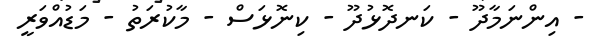
- އިންނަމާދޫ - ކަނދޮޅުދޫ - ކިނޮޅަސް - މާކުރަތު - މަޑުއްވަރީ